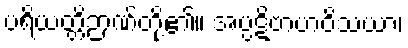
ပရိယတ္တိဉာဏ်တို့၏။ အပ္ပဋိဗာဟဝိသယာ၊